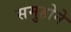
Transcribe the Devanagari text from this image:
समुहोने